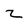
Character: 2